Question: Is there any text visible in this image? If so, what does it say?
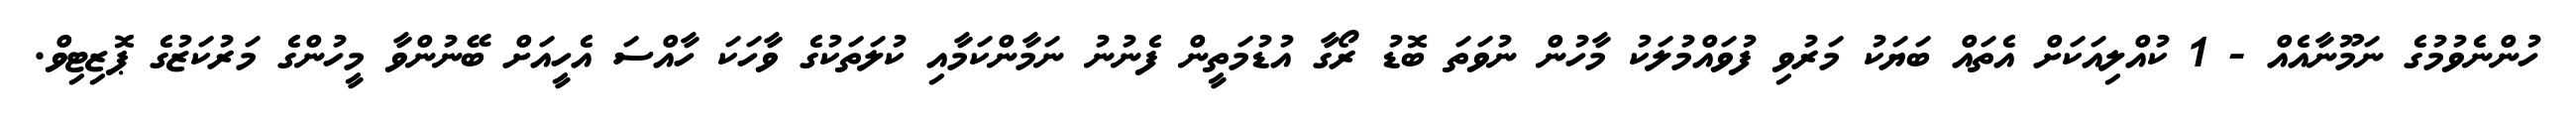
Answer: ހުންނެވުމުގެ ނަމޫނާއެއް - 1 ކުއްލިއަކަށް އެތައް ބަޔަކު މަރުވި ފުވައްމުލަކު މާހުން ނުވަތަ ބޮޑު ރޯގާ އުޑުމަތީން ފެނުނު ނަމާންކަމާއި ކުލަތަކުގެ ވާހަކަ ހާއްސަ އެހީއަށް ބޭނުންވާ މީހުންގެ މަރުކަޒުގެ ޕޮޒިޓިވް.